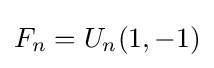
F_{n}=U_{n}(1,-1)